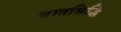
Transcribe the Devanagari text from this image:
वातसिद्धि